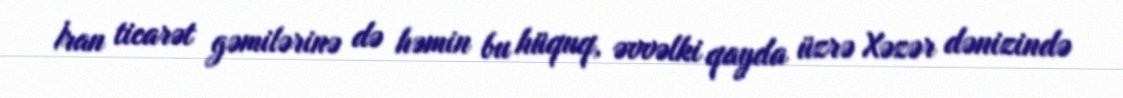
İran ticarət gəmilərinə də həmin bu hüquq, əvvəlki qayda üzrə Xəzər dənizində